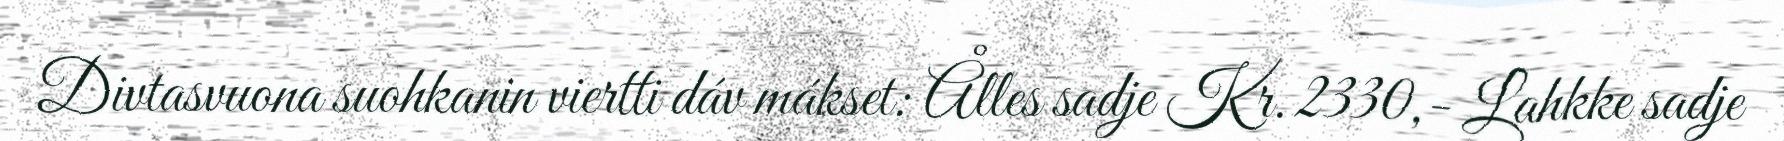
Divtasvuona suohkanin viertti dáv mákset: Ålles sadje Kr. 2330,- Lahkke sadje